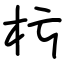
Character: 杇